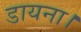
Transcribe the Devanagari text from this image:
डायना।